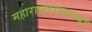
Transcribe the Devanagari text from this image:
महाराष्ट्रराज्याच्या